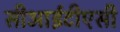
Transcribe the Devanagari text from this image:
सीआईटीएसी